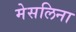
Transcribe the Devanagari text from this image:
मेसलिना